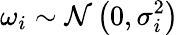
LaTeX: \omega_{i}\sim\mathcal N\left(0,\sigma_{i}^{2}\right)